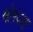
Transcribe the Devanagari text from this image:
मोरवड